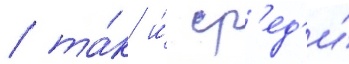
/ та́к и́ ср'ед'и́